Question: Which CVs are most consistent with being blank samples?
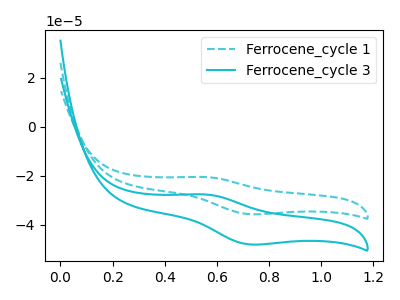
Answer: <think>The cyan dashed curve "Ferrocene_cycle 1" has an anodic peak at (0.55V, -20.55uA) and a cathodic peak at (0.75V, -35.70uA). The cyan curve "Ferrocene_cycle 3" has an anodic peak at (0.55V, -27.65uA) and a cathodic peak at (0.75V, -48.05uA).</think>
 <answer>There are not any CV's on this graph that are likely to be blanks.</answer>
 <eval>none</eval>